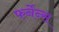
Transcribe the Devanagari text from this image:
फर्नेन्स